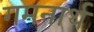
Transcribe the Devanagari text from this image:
गमनार्थ